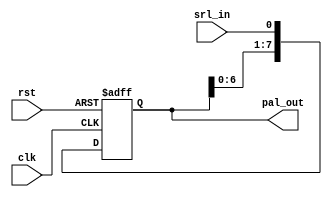
module srl2pal (clk, rst, srl_in, pal_out);

input        clk;
input        rst;
input        srl_in;
output [7:0] pal_out;
reg    [7:0] pal_out;

always @ (posedge clk or negedge rst)
   if (!rst)
      pal_out <= 8'b0;
   else
      pal_out <= {pal_out,srl_in};


endmodule